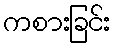
ကစားခြင်း